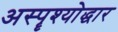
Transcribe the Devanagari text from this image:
अस्पॄश्योद्धार